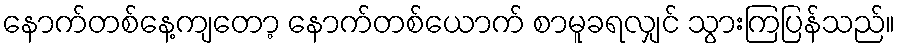
နောက်တစ်နေ့ကျတော့ နောက်တစ်ယောက် စာမူခရလျှင် သွားကြပြန်သည်။